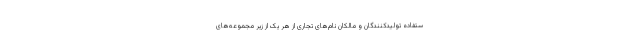
ستفاده تولیدکنندگان و مالکان نام‌های تجاری از هر یک از زیر مجموعه‌های